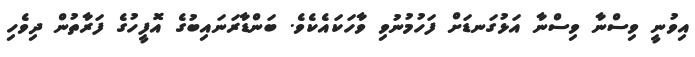
އިވުނީ ވިސްނާ ވިސްނާ އަޅުގަނޑަށް ފަހުމުނުވި ވާހަކައެކެވެ. ބަންޑާރަނައިބުގެ އޮފީހުގެ ފަރާތުން ދިވެހި